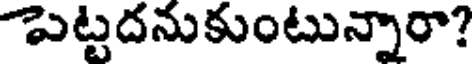
పెట్టదనుకుంటున్నారా?